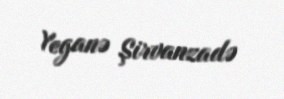
Yeganə Şirvanzadə